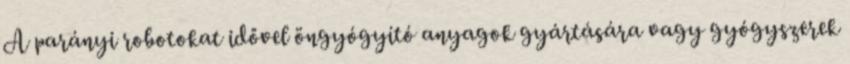
A parányi robotokat idővel öngyógyító anyagok gyártására vagy gyógyszerek